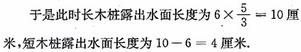
于是此时长木桩露出水面长度为$6\times \frac{5}{3}=10$厘米，短木桩露出水面长度为$10 - 6 = 4$厘米.